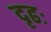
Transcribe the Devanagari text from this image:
दृढः